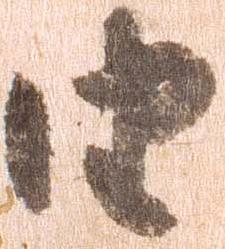
由